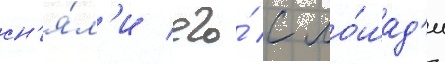
сн'я́л'и его́ с ло́шад'и